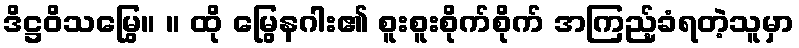
ဒိဋ္ဌဝိသမြွေ။ ။ ထို မြွေနဂါး၏ စူးစူးစိုက်စိုက် အကြည့်ခံရတဲ့သူမှာ